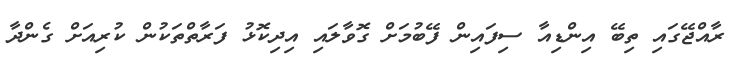
ރާއްޖޭގައި ތިބޭ އިންޑިއާ ސިފައިން ފޭބުމަށް ގޮވާލައި އިދިކޮޅު ފަރާތްތަކުން ކުރިއަށް ގެންދާ